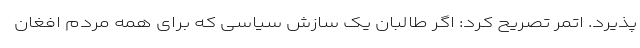
پذیرد. اتمر تصریح کرد: اگر طالبان یک سازش سیاسی که برای همه مردم افغان